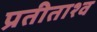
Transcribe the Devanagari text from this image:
प्रतीताश्व